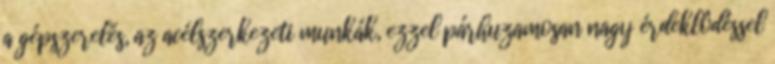
a gépszerelés, az acélszerkezeti munkák, ezzel párhuzamosan nagy érdeklôdéssel